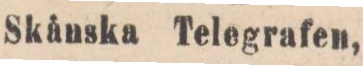
Skånska Telegrafen,